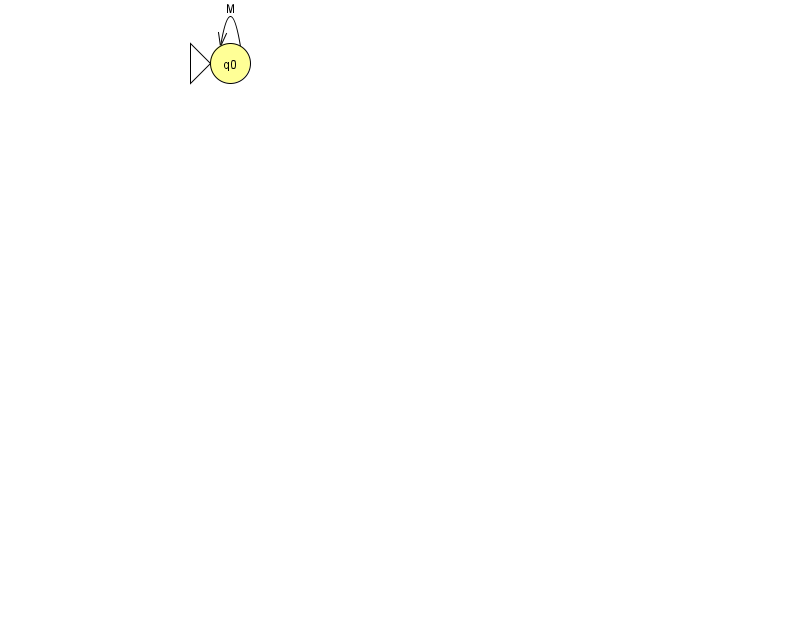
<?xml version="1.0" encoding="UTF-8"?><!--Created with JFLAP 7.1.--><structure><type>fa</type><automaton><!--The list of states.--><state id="0" name="q0"><x>230.0</x><y>50.0</y><initial/></state><!--The list of transitions.--><transition><from>0</from><to>0</to><read>M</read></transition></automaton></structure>